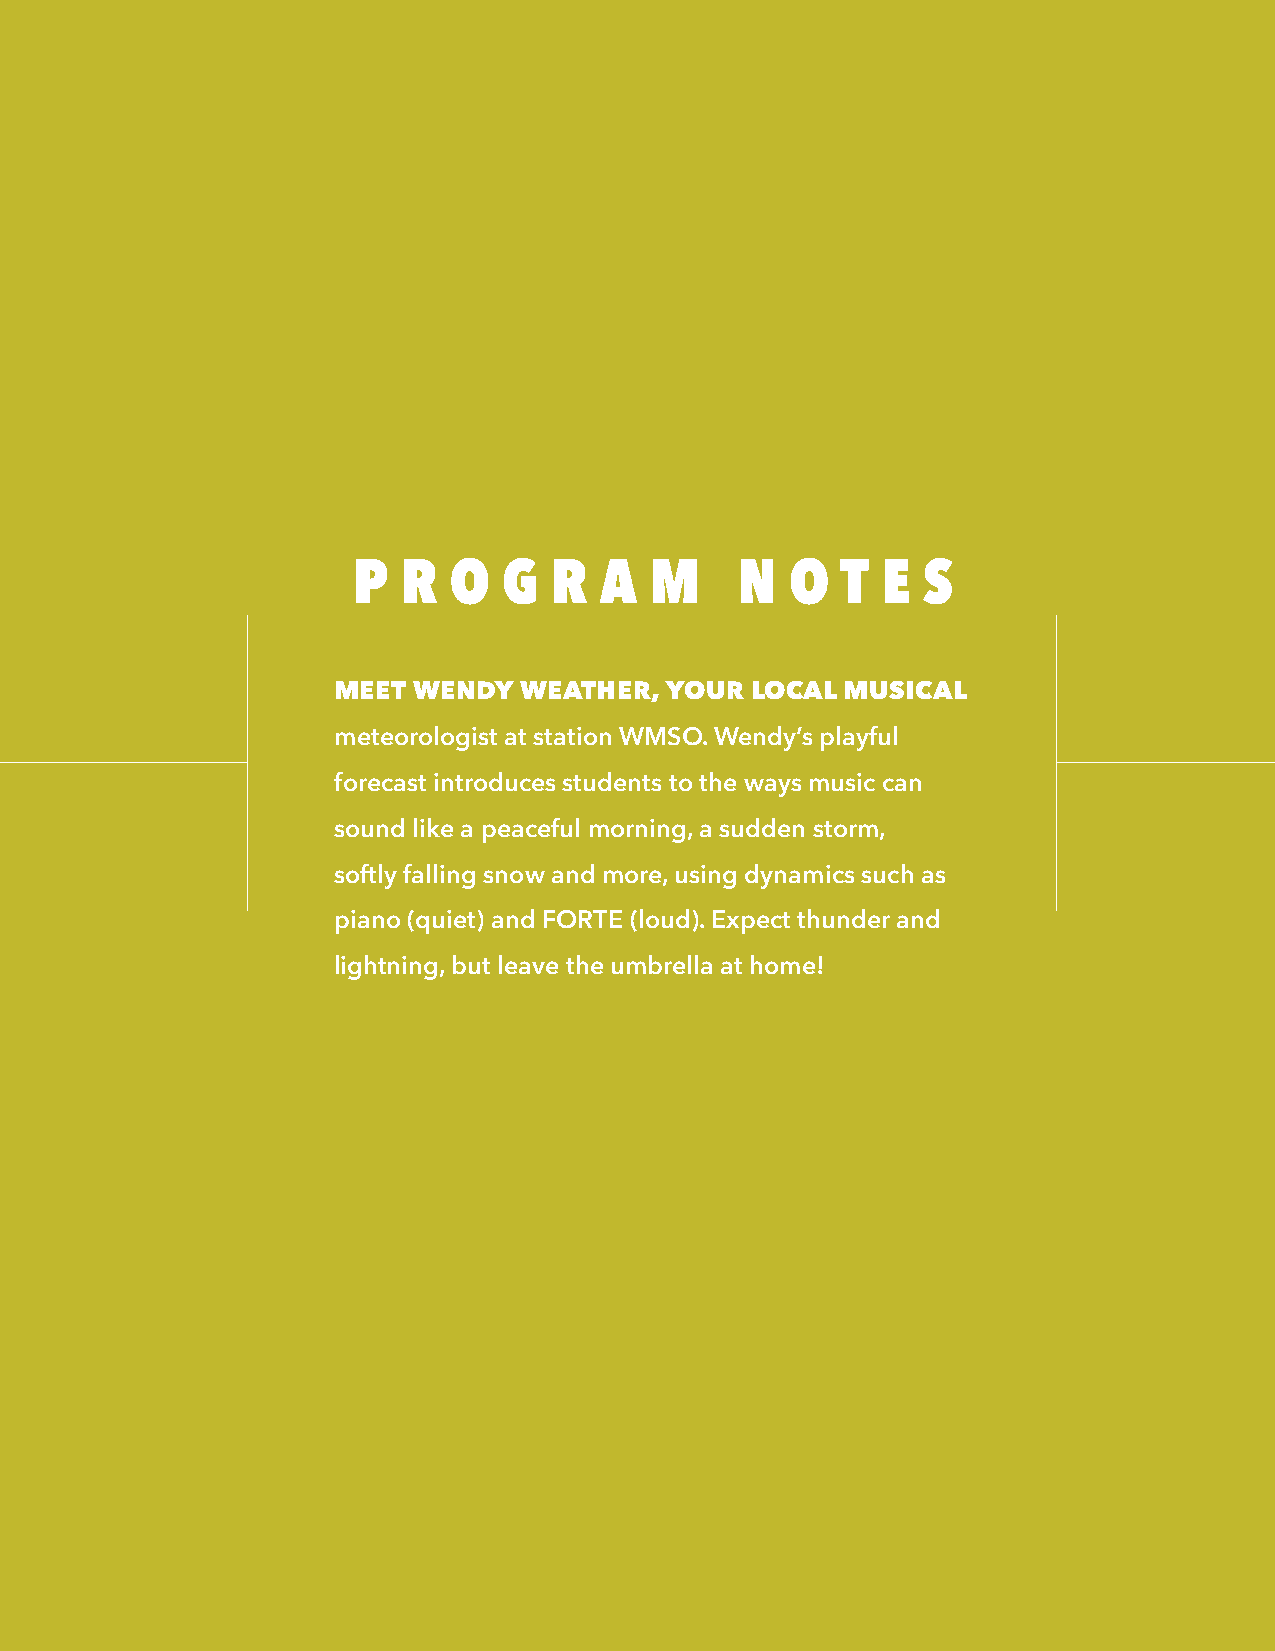
P   R  O  G  R   A  M     N  O   T E  S
 MEET WENDY  WEATHER,  YOUR  LOCAL MUSICAL
 meteorologist at station WMSO. Wendy’s playful
 forecast introduces students to the ways music can
 sound like a peaceful morning, a sudden storm,
 softly falling snow and more, using dynamics such as
 piano (quiet) and FORTE (loud). Expect thunder and
 lightning, but leave the umbrella at home!